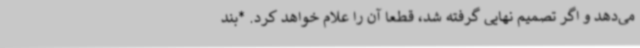
می‌دهد و اگر تصمیم نهایی گرفته شد، قطعا آن را علام خواهد کرد. *بند